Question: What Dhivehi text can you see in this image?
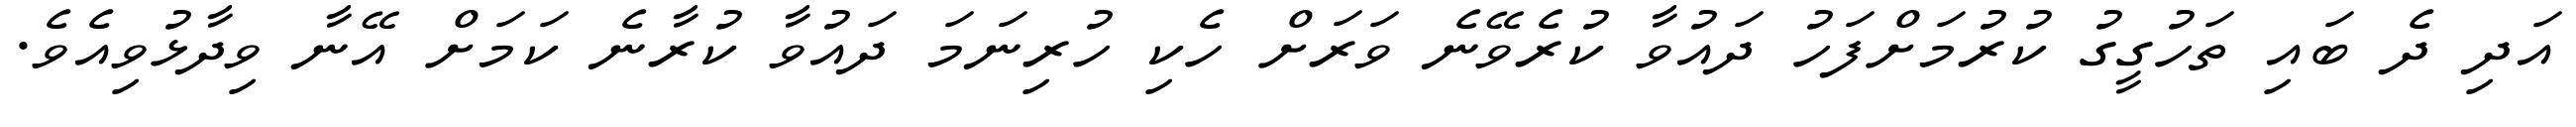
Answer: އަދި ދެ ބައި ތަހުގީގު ކުރުމަށްފަހު ދައުވާ ކުރެވޭނެ ވަރަށް ހެކި ހުރިނަމަ ދައުވާ ކުރާނެ ކަމަށް އޭނާ ވިދާޅުވިއެވެ.